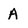
Character: A